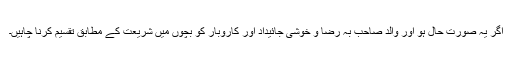
اگر یہ صورتِ حال ہو اور والد صاحب بہ رضا و خوشی جائیداد اور کاروبار کو بچوں میں شریعت کے مطابق تقسیم کرنا چاہیں۔